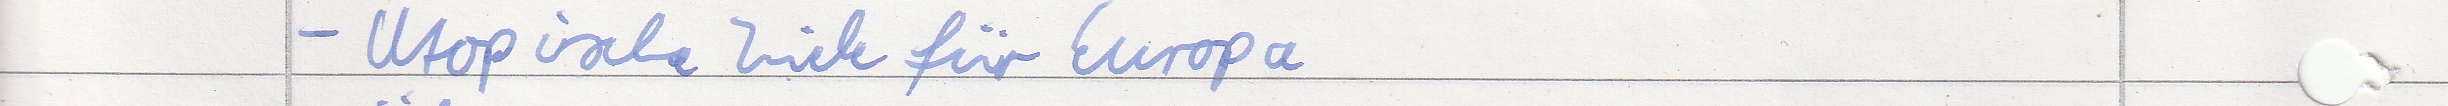
- Utopische Ziele für Europa